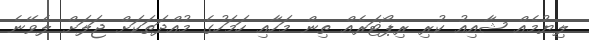
ލިޔުމެއް ޝާއިއު ކުރި ރިޕޯޓަރެއް ތިން މަހާއި ހަމަހުގެ މުއްދަތަކަށް ޖަލަށް ލެވޭނެ